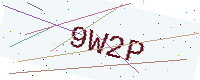
Text: 9W2P